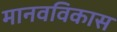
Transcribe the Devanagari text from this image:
मानवविकास